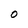
Character: O